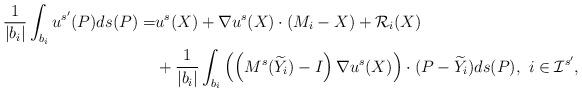
LaTeX: \begin{align*}\frac{1}{|b_i|}\int_{b_i}u^{s'}(P)ds(P)=&u^{s}(X)+\nabla u^{s}(X)\cdot (M_i-X) + \mathcal{R}_i(X) \\&+\frac{1}{|b_i|}\int_{b_i} \left(\left( M^{s}(\widetilde{Y}_i)-I \right)\nabla u^{s}(X)\right) \cdot (P-\widetilde{Y}_i) ds(P), ~ i\in \mathcal{I}^{s'},\end{align*}